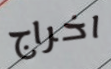
اخراج